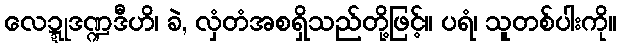
လေဍ္ဍုဒဏ္ဍဒီဟိ၊ ခဲ, လှံတံအစရှိသည်တို့ဖြင့်။ ပရံ၊ သူတစ်ပါးကို။